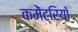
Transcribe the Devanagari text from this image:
कमेंट्रियाँ